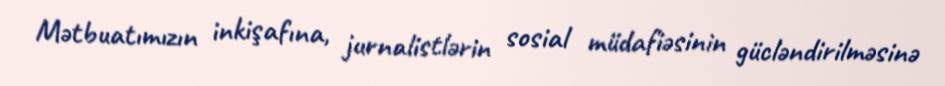
Mətbuatımızın inkişafına, jurnalistlərin sosial müdafiəsinin gücləndirilməsinə